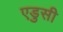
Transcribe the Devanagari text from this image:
एडुसी